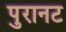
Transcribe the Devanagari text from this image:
पुरानट